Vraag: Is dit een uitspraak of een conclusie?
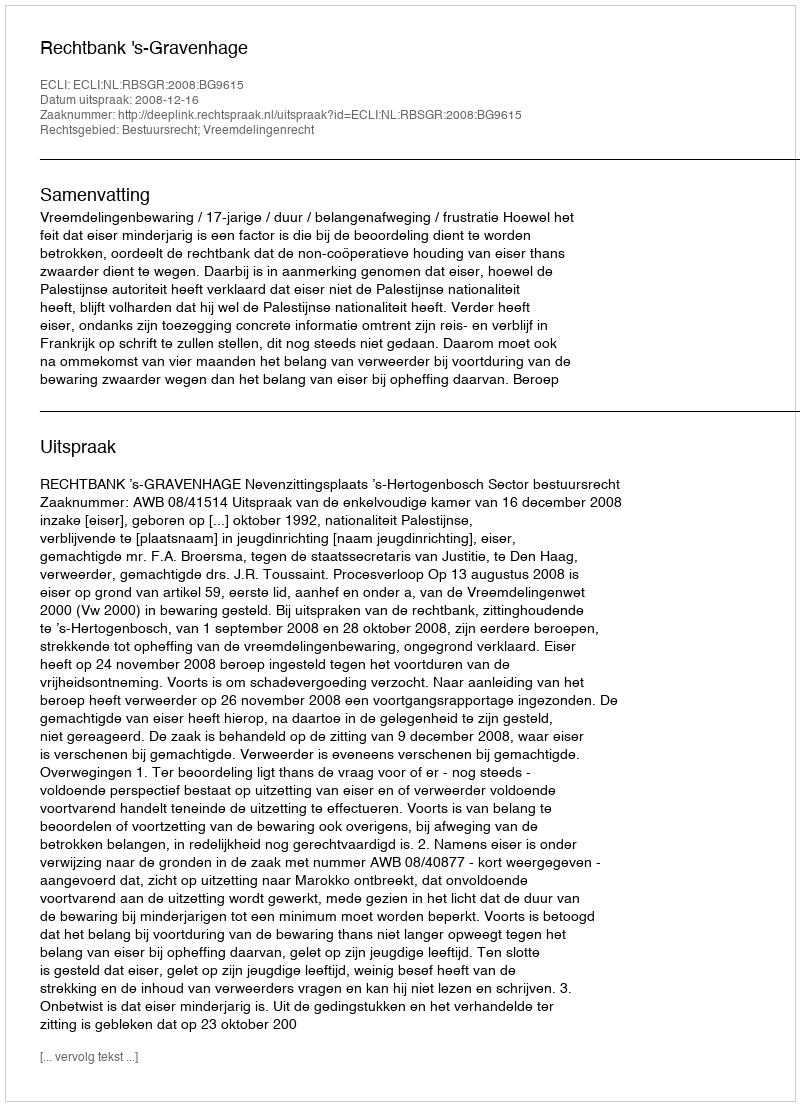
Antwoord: Uitspraak